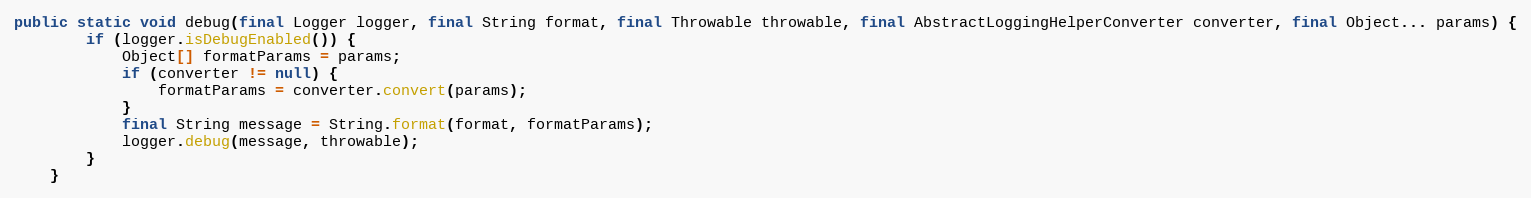
Language: Java
public static void debug(final Logger logger, final String format, final Throwable throwable, final AbstractLoggingHelperConverter converter, final Object... params) {
		if (logger.isDebugEnabled()) {
			Object[] formatParams = params;
			if (converter != null) {
				formatParams = converter.convert(params);
			}
			final String message = String.format(format, formatParams);
			logger.debug(message, throwable);
		}
	}